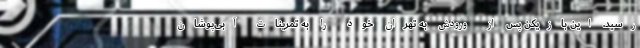
رسید. این بازیکن پس از ورودش به تهران خود را به تمرینات آبی‌پوشان